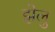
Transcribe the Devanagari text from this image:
झेलु